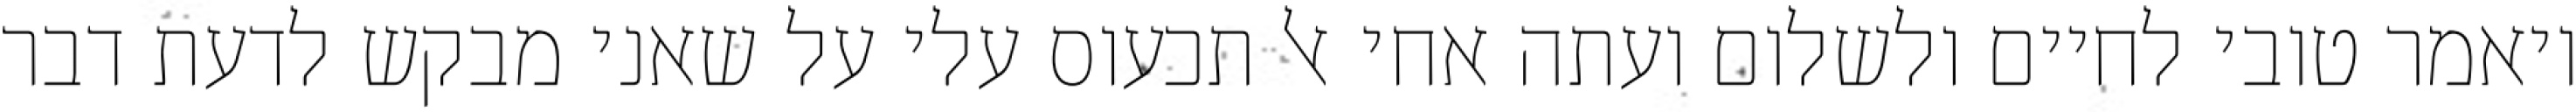
ויאמר טובי לחיים ולשלום ועתה אחי אל תכעוס עלי על שאני מבקש לדעת דבר